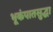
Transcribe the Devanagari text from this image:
भूकंपातसुद्धा